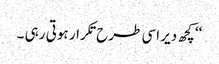
‘‘ کچھ دیر اسی طرح تکرار ہوتی رہی ۔